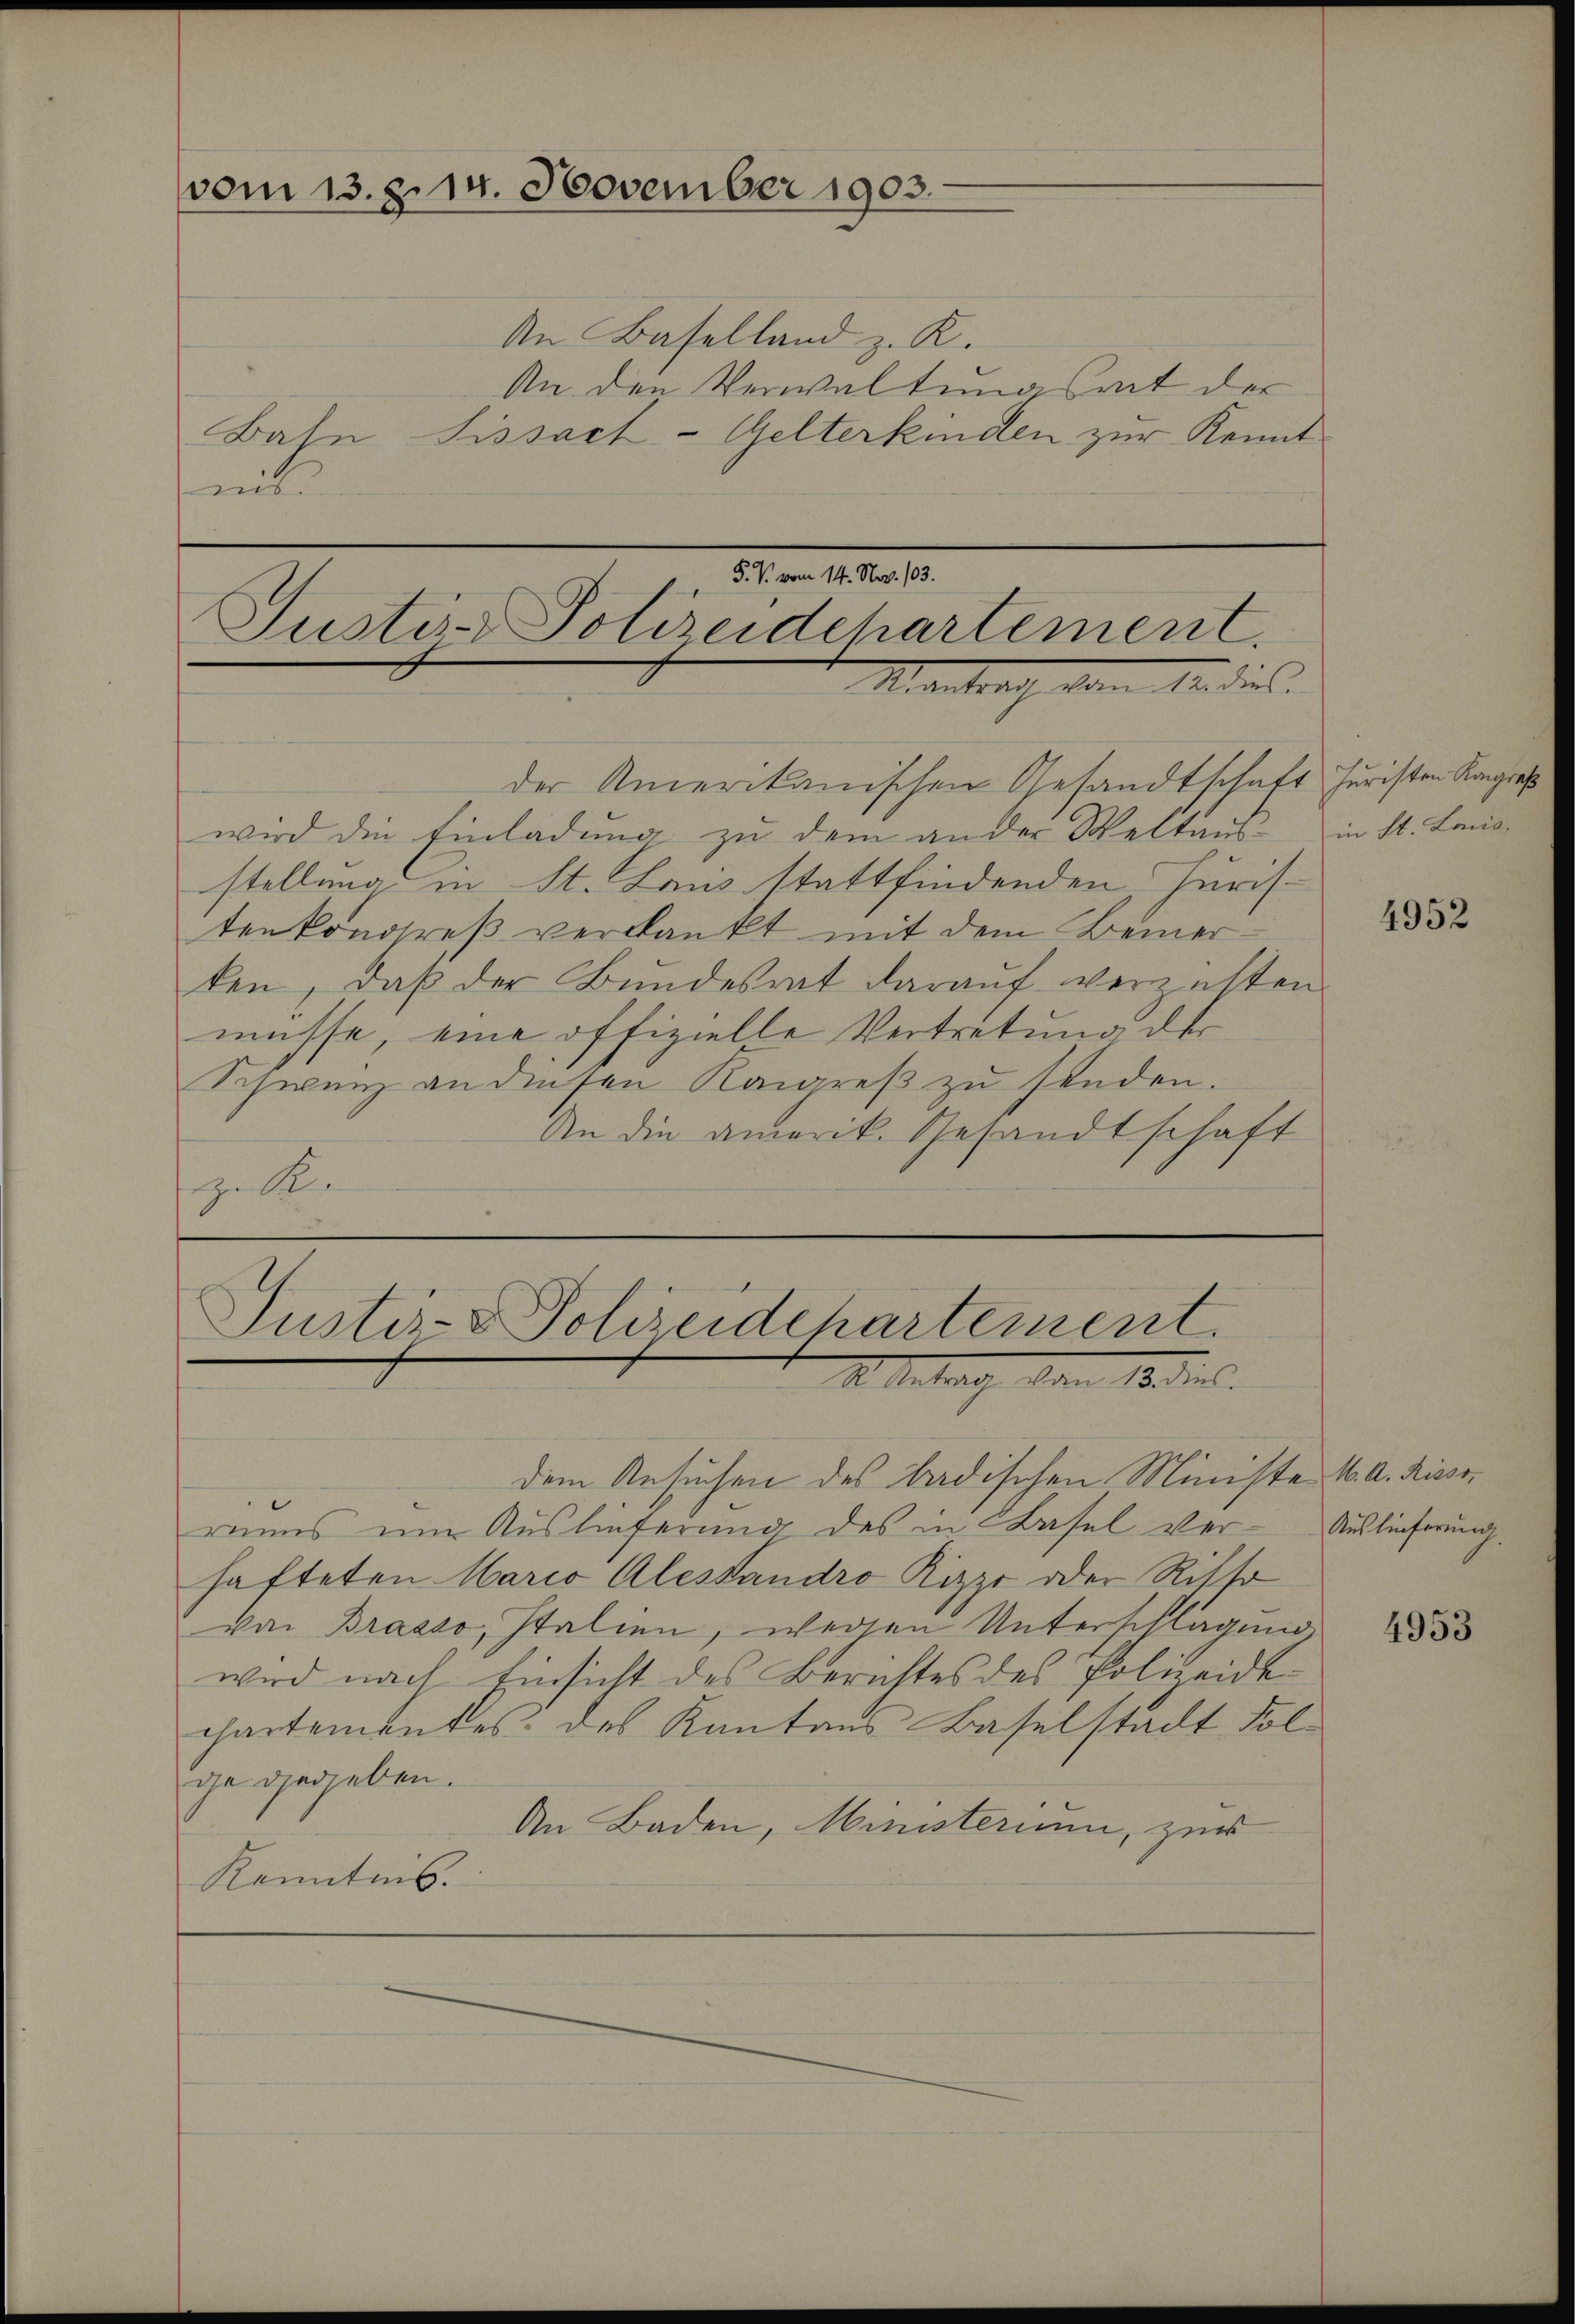
vom 13. 2. 14. November 1903.

An Baselland z. K.
An den Verwaltungsrat der
Baln Sissach-Gelterkinden zur Konnt
mit

5. V. vom 14. Nov. 103.
Justiz-Polizeidchartement.
Mantrach vom Audiens.

der Amerikanischen Gesandtschaft Juristen Kongres
wird die Einladung zu dem ander Weltaus- in St. Landstellung in St. Laus stattfindenden, Juris-
tenkongreß verdankt mit dem Beinerten, daβ der Bŭndesrat darauf verzallen
müsse, eine offizielle Vertretung der
Schwarz an diesen Konreβ zŭ senden.
An die amerik. Gesandtschaft
S

Justiz- & Polizeidchartement.
I. Antrag den 18 die

dem Ansuchen des badischen Ministe K. A. Risserains um Auslieferung des in Basel ver-Auslieferung.
hafteten Mario Alessandro Rippe oder Ritte
von Brasso, Italien, wegen Unterschlagend
wird nach Einsicht des Berichtes des Polizeide
chartementes: des Kantons Baselstadt Folge gegeben.
An Baden, Ministerium, zur
Kenntnis.

4952

4953